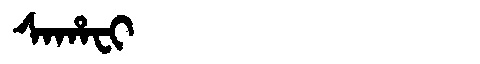
Manchu: ᠰᠠᡥᠠᠸᡳ
Romanization: SAHAFI